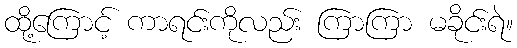
ထို့ကြောင့် ကာရင်းကိုလည်း ကြာကြာ မခိုင်းရဲ။